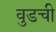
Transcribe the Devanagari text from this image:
वुडची